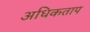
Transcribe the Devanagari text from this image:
अधिकताप